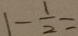
1 - \frac { 1 } { 2 } =